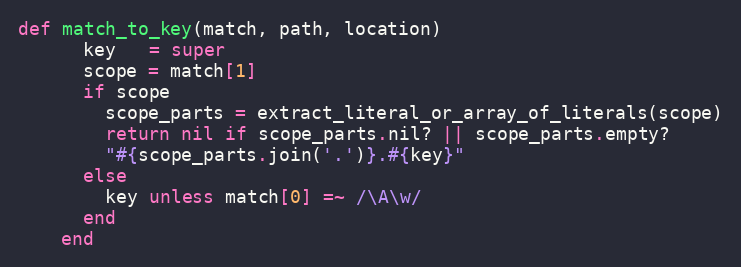
Language: Ruby
def match_to_key(match, path, location)
      key   = super
      scope = match[1]
      if scope
        scope_parts = extract_literal_or_array_of_literals(scope)
        return nil if scope_parts.nil? || scope_parts.empty?
        "#{scope_parts.join('.')}.#{key}"
      else
        key unless match[0] =~ /\A\w/
      end
    end